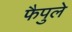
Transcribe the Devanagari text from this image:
फैपुले